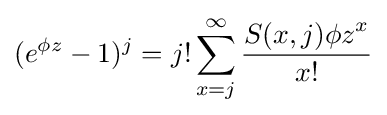
(e^{\phi z}-1)^{j}=j!\sum _{x=j}^{\infty }{\frac {S(x,j){\phi z}^{x}}{x!}}